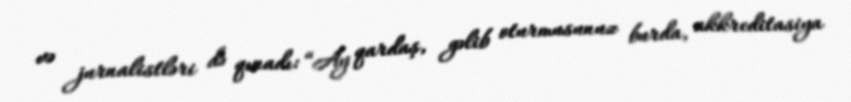
və jurnalistləri də qınadı: “Ay qardaş, gəlib oturmusunuz burda, akkreditasiya